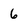
Character: 6